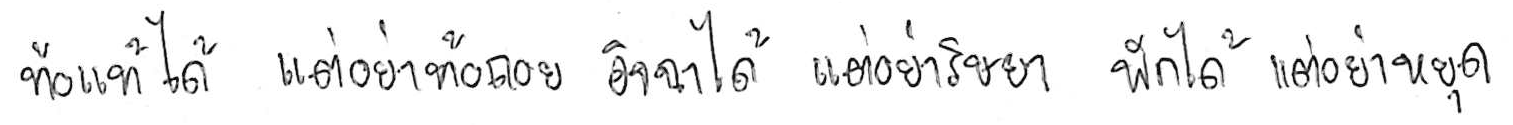
ท้อแท้ได้ แต่อย่าท้อถอย อิจฉาได้ แต่อย่าริษยา พักได้ แต่อย่าหยุด